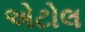
એટોલ